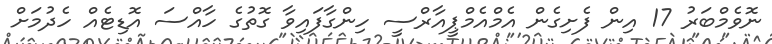
ނޮވެމްބަރު 17 އިން ފެށިގެން އެމްއެމްޕީއާރްސީ ހިންގާފައިވާ ގޮތުގެ ހާއްސަ އޮޑިޓެއް ހެދުމަށް